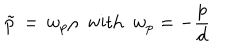
LaTeX: \tilde { p } \, = \, w _ { p } \rho \, \, \, \mathrm { w i t h } \, \, \, w _ { p } = - { \frac { p } { d } }